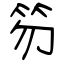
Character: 笏